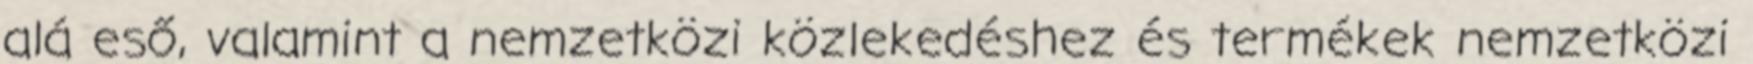
alá eső, valamint a nemzetközi közlekedéshez és termékek nemzetközi